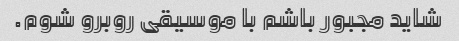
شاید مجبور باشم با موسیقی روبرو شوم.